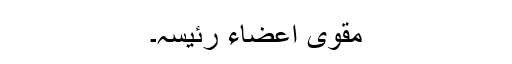
مقوی اعضاء رئیسہ۔